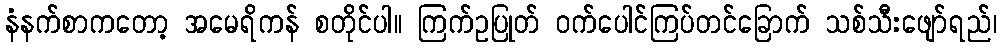
နံနက်စာကတော့ အမေရိကန် စတိုင်ပါ။ ကြက်ဥပြုတ် ဝက်ပေါင်ကြပ်တင်ခြောက် သစ်သီးဖျော်ရည်၊